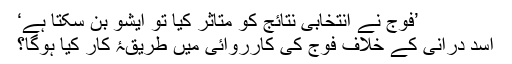
’فوج نے انتخابی نتائج کو متاثر کیا تو ایشو بن سکتا ہے‘
اسد درانی کے خلاف فوج کی کارروائی میں طریقۂ کار کیا ہوگا؟